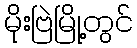
မိုးဗြဲမြို့တွင်